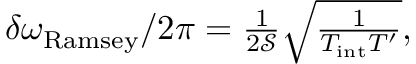
\begin{array} { r } { \delta \omega _ { \mathrm { R a m s e y } } / 2 \pi = \frac { 1 } { 2 \mathcal { S } } \sqrt { \frac { 1 } { T _ { \mathrm { i n t } } T ^ { \prime } } } , } \end{array}